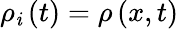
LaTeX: {\rho}_{\mathit{i}}\left(t\right)=\rho\left(x,t\right)